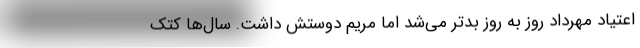
اعتیاد مهرداد روز به روز بدتر می‌شد اما مریم دوستش داشت. سال‌ها کتک